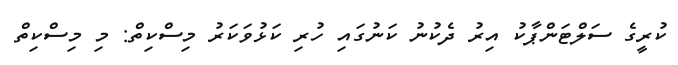
ކުރީގެ ސަލްޓަންޕާކު އިރު ދެކުނު ކަނުގައި ހުރި ކަޅުވަކަރު މިސްކިތް: މި މިސްކިތް